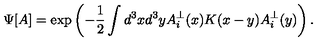
\Psi [ A ] = \exp \left( - \frac { 1 } { 2 } \int d ^ { 3 } x d ^ { 3 } y A _ { i } ^ { \bot } ( x ) K ( x - y ) A _ { i } ^ { \bot } ( y ) \right) .